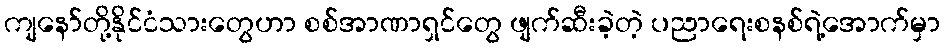
ကျနော်တို့နိုင်ငံသားတွေဟာ စစ်အာဏာရှင်တွေ ဖျက်ဆီးခဲ့တဲ့ ပညာရေးစနစ်ရဲ့အောက်မှာ